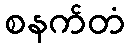
စနက်တံ